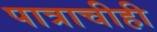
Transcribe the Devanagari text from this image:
पात्राचीही